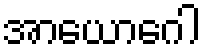
အာယောဂေါ